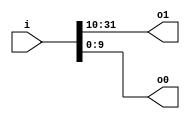
module v794b6d_v9a2a06 (
 input [31:0] i,
 output [21:0] o1,
 output [9:0] o0
);
 assign o1 = i[31:10];
 assign o0 = i[9:0];
endmodule